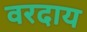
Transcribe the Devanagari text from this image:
वरदाय